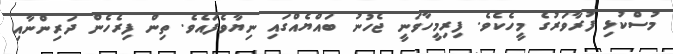
މުސްކުޅި ފުރާވަރުގެ މީހެކެވެ. ފިރިމީހާވަނީ ޖެހުނު ބައްޔެއްގައި ނިޔާވެފައެވެ. ތިން ފިރެހެން ދަރިންނާއި